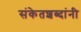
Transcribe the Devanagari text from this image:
संकेतशब्दांनी